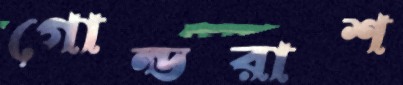
গোল্ডরাশ